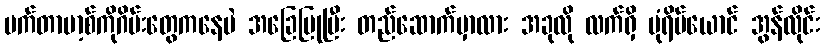
မက်တာဗာ့စ်ကိုဂိမ်းတွေကနေပဲ အခြေပြုပြီး တည်ဆောက်မှာလား အခုလို လက်ရှိ ပုံရိပ်ယောင် အွန်လိုင်း